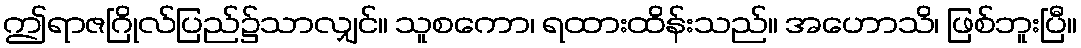
ဤရာဇဂြိုလ်ပြည်၌သာလျှင်။ သူစကော၊ ရထားထိန်းသည်။ အဟောသိ၊ ဖြစ်ဘူးပြီ။